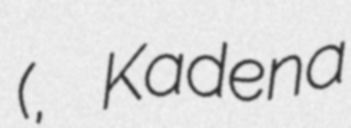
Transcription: (カデナ高校, Kadena